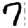
Digit: 7